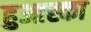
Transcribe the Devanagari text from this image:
हुआस्का